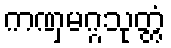
ကဏှမဂ္ဂသုတ္တံ